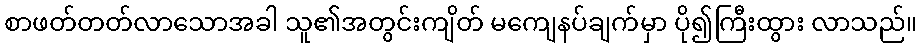
စာဖတ်တတ်လာသောအခါ သူ၏အတွင်းကျိတ် မကျေနပ်ချက်မှာ ပို၍ကြီးထွား လာသည်။